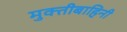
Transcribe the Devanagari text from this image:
मुक्तीबाहिनी